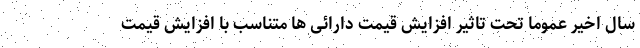
سال اخیر عموما تحت تاثیر افزایش قیمت دارائی ها متناسب با افزایش قیمت